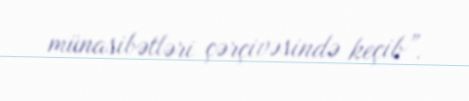
münasibətləri çərçivəsində keçib”.